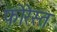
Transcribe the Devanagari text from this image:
फोरेस्त